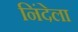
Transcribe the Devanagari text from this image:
निंदेला